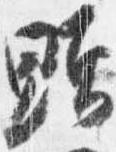
顕